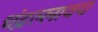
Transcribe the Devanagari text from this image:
चंद्रल्लावय